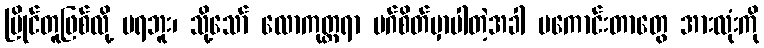
ပြိုင်တူဖြစ်လို့ မရဘူး၊ သို့သော် လောကုတ္တရာ မဂ်စိတ်မှာပါတဲ့အခါ မကောင်းတာတွေ အားလုံးကို